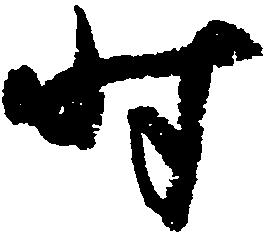
時